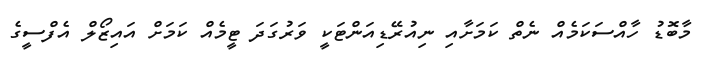
މާބޮޑު ހާއްސަކަމެއް ނެތް ކަމަށާއި ނިއުރޭޑިއަންޓަކީ ވަރުގަދަ ޓީމެއް ކަމަށް އައިޒޯލް އެފްސީގެ